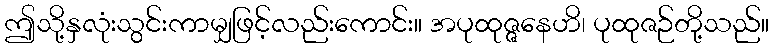
ဤသို့နှလုံးသွင်းကာမျှဖြင့်လည်းကောင်း။ အပုထုဇ္ဇနေဟိ၊ ပုထုဇဉ်တို့သည်။